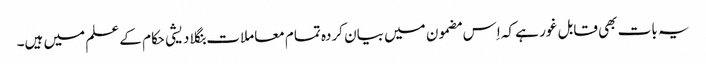
یہ بات بھی قابل غور ہے کہ اِس مضمون میں بیان کردہ تمام معاملات بنگلا دیشی حکام کے علم میں ہیں۔